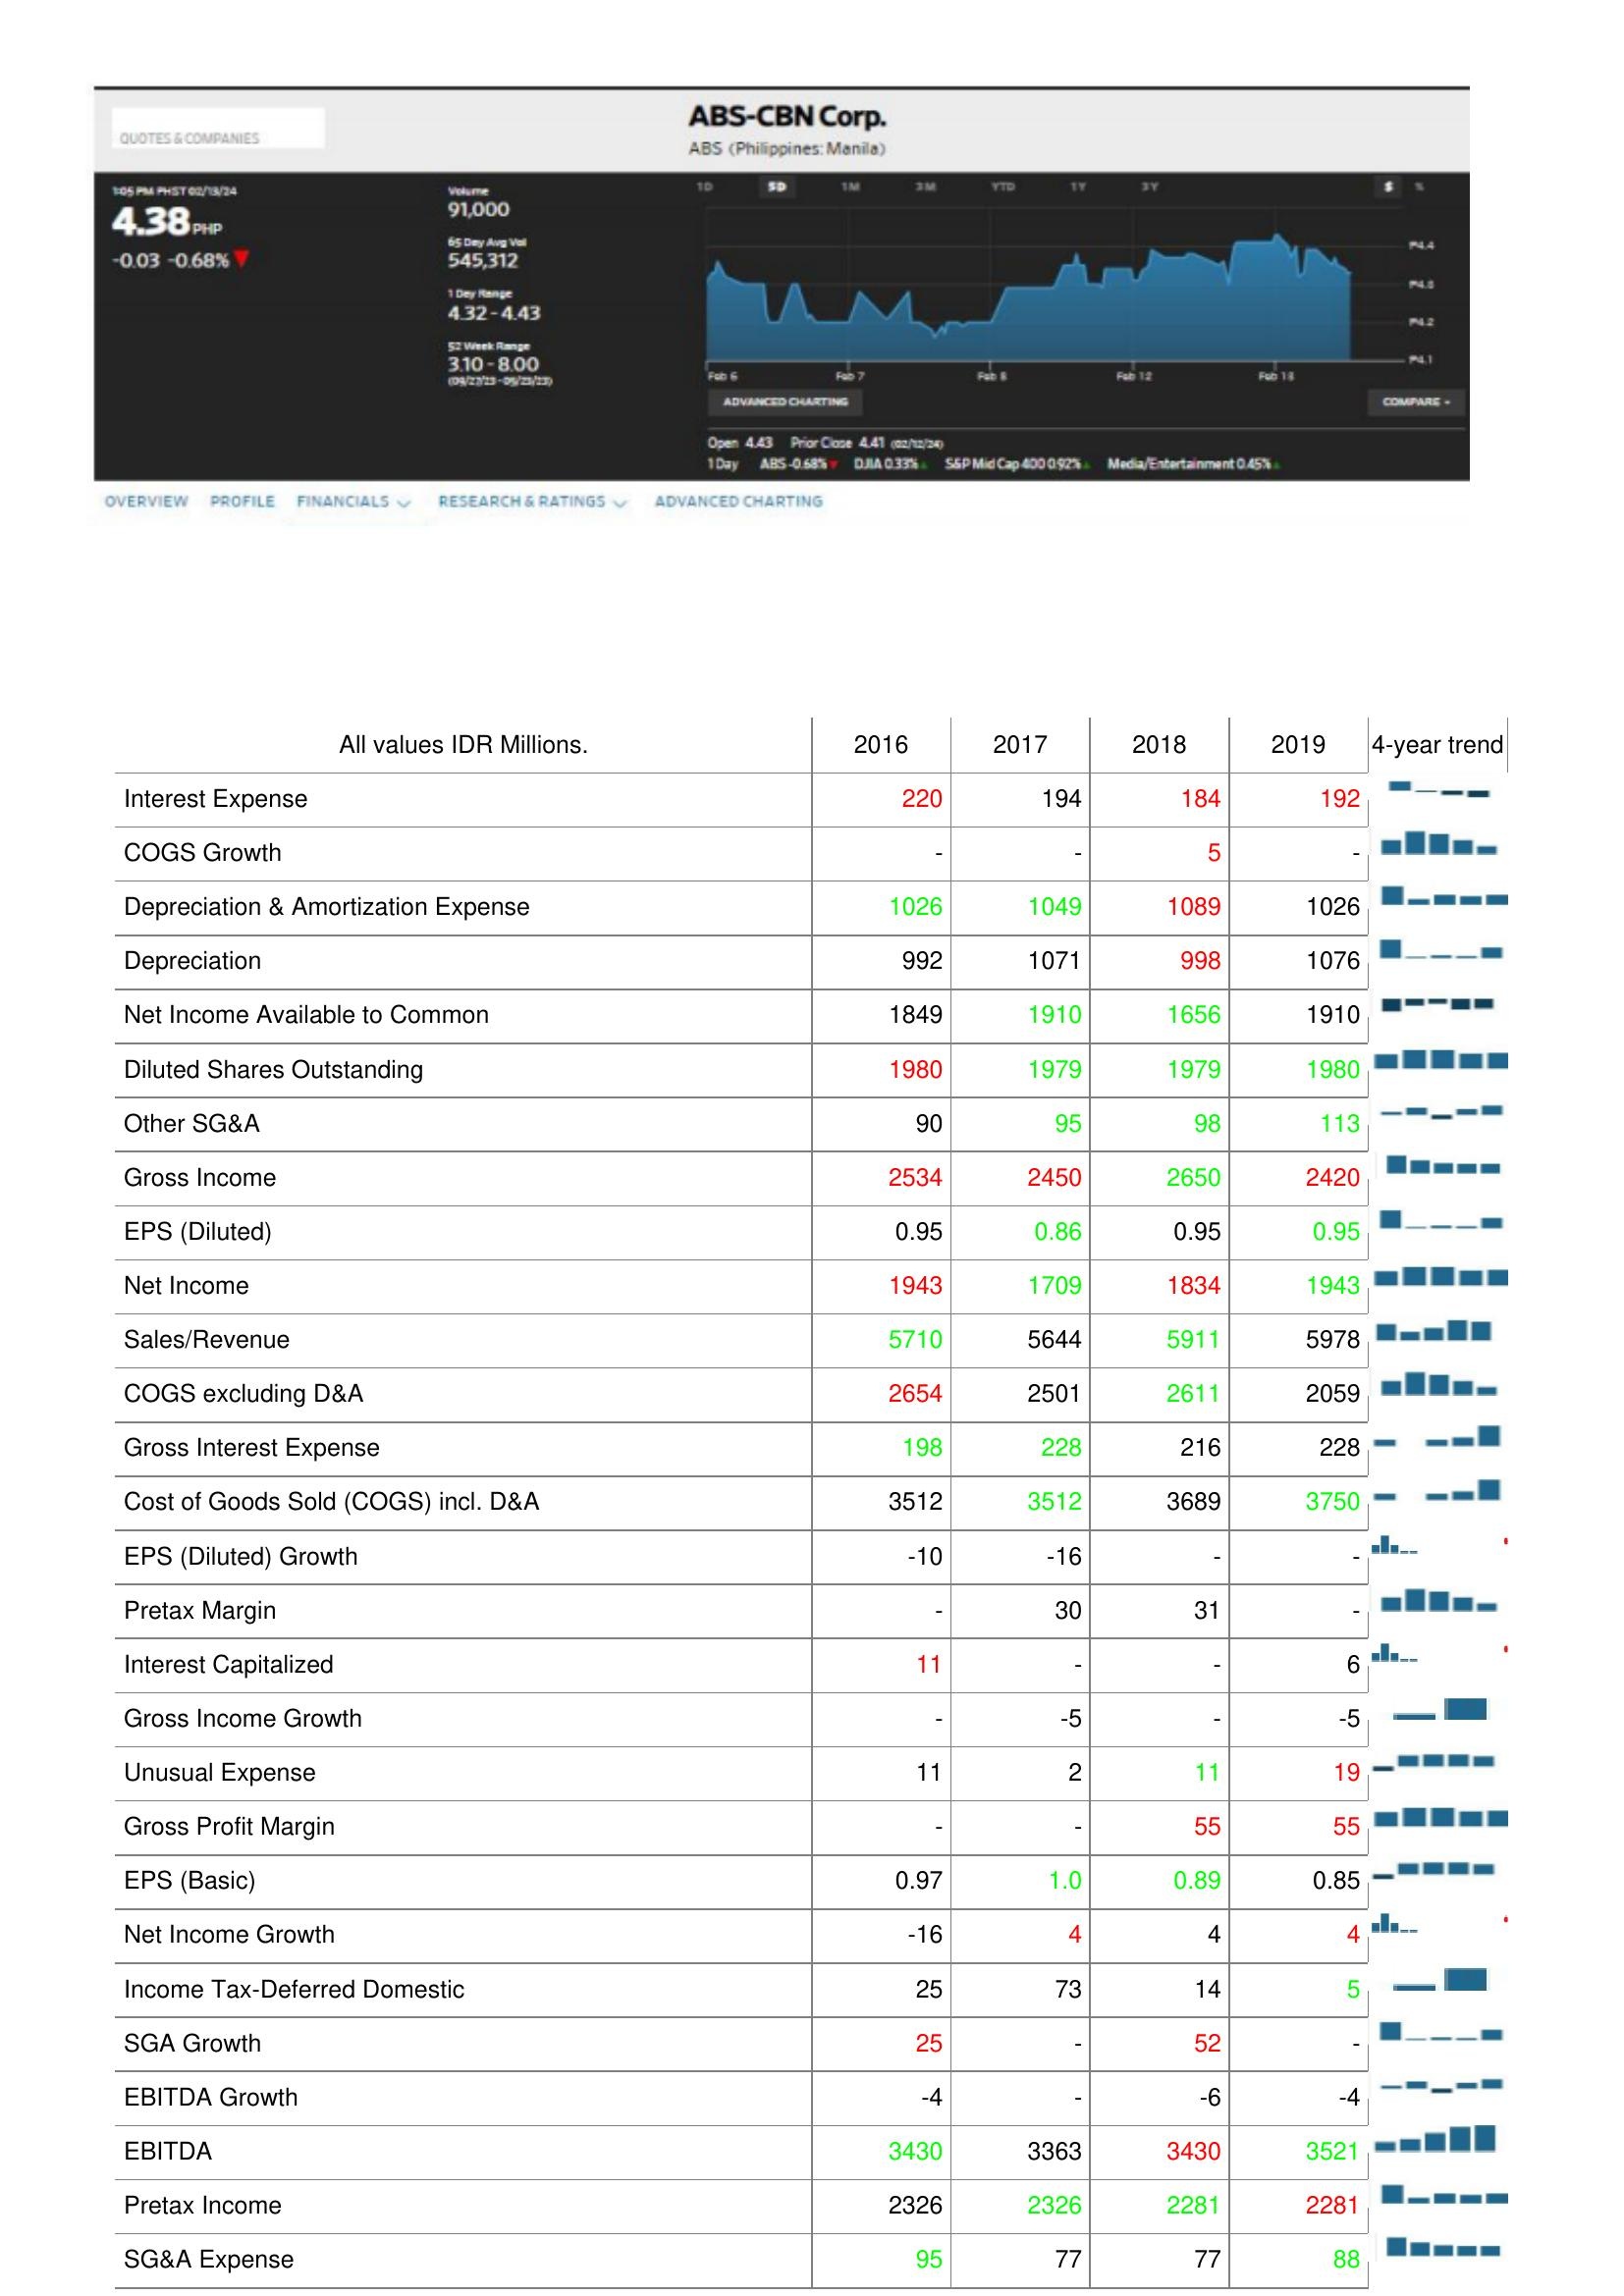
2016: : Interest Expense: 220
COGS Growth: -
Depreciation & Amortization Expense: 1026
Depreciation: 992
Net Income Available to Common: 1849
Diluted Shares Outstanding: 1980
Other SG&A: 90
Gross Income: 2534
EPS (Diluted): 0.95
Net Income: 1943
Sales/Revenue: 5710
COGS excluding D&A: 2654
Gross Interest Expense: 198
Cost of Goods Sold (COGS) incl. D&A: 3512
EPS (Diluted) Growth: -10
Pretax Margin: -
Interest Capitalized: 11
Gross Income Growth: -
Unusual Expense: 11
Gross Profit Margin: -
EPS (Basic): 0.97
Net Income Growth: -16
Income Tax-Deferred Domestic: 25
SGA Growth: 25
EBITDA Growth: -4
EBITDA: 3430
Pretax Income: 2326
SG&A Expense: 95
2017: : Interest Expense: 194
COGS Growth: -
Depreciation & Amortization Expense: 1049
Depreciation: 1071
Net Income Available to Common: 1910
Diluted Shares Outstanding: 1979
Other SG&A: 95
Gross Income: 2450
EPS (Diluted): 0.86
Net Income: 1709
Sales/Revenue: 5644
COGS excluding D&A: 2501
Gross Interest Expense: 228
Cost of Goods Sold (COGS) incl. D&A: 3512
EPS (Diluted) Growth: -16
Pretax Margin: 30
Interest Capitalized: -
Gross Income Growth: -5
Unusual Expense: 2
Gross Profit Margin: -
EPS (Basic): 1.0
Net Income Growth: 4
Income Tax-Deferred Domestic: 73
SGA Growth: -
EBITDA Growth: -
EBITDA: 3363
Pretax Income: 2326
SG&A Expense: 77
2018: : Interest Expense: 184
COGS Growth: 5
Depreciation & Amortization Expense: 1089
Depreciation: 998
Net Income Available to Common: 1656
Diluted Shares Outstanding: 1979
Other SG&A: 98
Gross Income: 2650
EPS (Diluted): 0.95
Net Income: 1834
Sales/Revenue: 5911
COGS excluding D&A: 2611
Gross Interest Expense: 216
Cost of Goods Sold (COGS) incl. D&A: 3689
EPS (Diluted) Growth: -
Pretax Margin: 31
Interest Capitalized: -
Gross Income Growth: -
Unusual Expense: 11
Gross Profit Margin: 55
EPS (Basic): 0.89
Net Income Growth: 4
Income Tax-Deferred Domestic: 14
SGA Growth: 52
EBITDA Growth: -6
EBITDA: 3430
Pretax Income: 2281
SG&A Expense: 77
2019: : Interest Expense: 192
COGS Growth: -
Depreciation & Amortization Expense: 1026
Depreciation: 1076
Net Income Available to Common: 1910
Diluted Shares Outstanding: 1980
Other SG&A: 113
Gross Income: 2420
EPS (Diluted): 0.95
Net Income: 1943
Sales/Revenue: 5978
COGS excluding D&A: 2059
Gross Interest Expense: 228
Cost of Goods Sold (COGS) incl. D&A: 3750
EPS (Diluted) Growth: -
Pretax Margin: -
Interest Capitalized: 6
Gross Income Growth: -5
Unusual Expense: 19
Gross Profit Margin: 55
EPS (Basic): 0.85
Net Income Growth: 4
Income Tax-Deferred Domestic: 5
SGA Growth: -
EBITDA Growth: -4
EBITDA: 3521
Pretax Income: 2281
SG&A Expense: 88